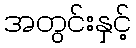
အတွင်းနှင့်